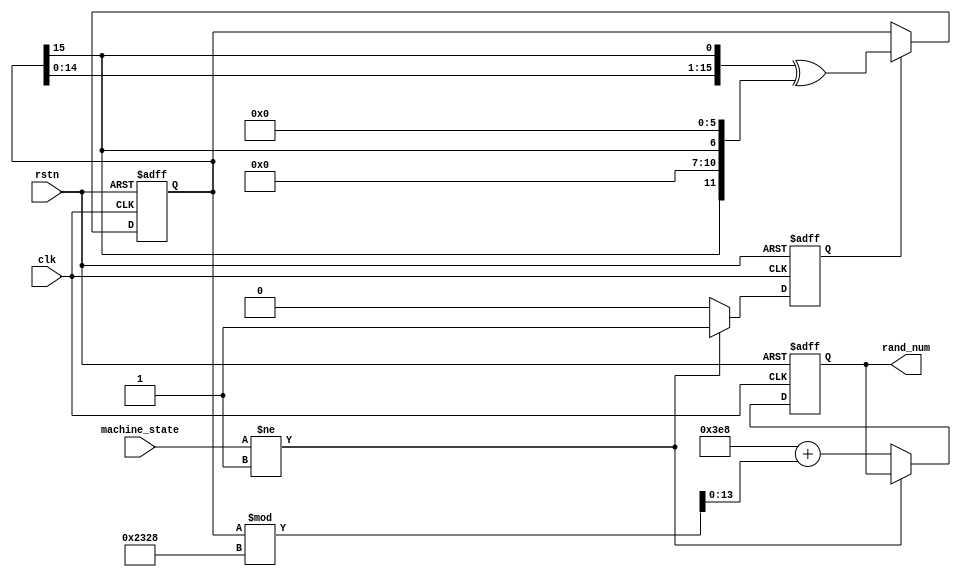
module Random (
    input  wire        clk, rstn,
    input  wire [2:0]  machine_state,
    output reg  [13:0] rand_num  //  1000~9999
);
    // 
    parameter WAIT     = 3'd1;

    reg [15:0] rand;               //  0~65535
    reg        rand_reload;        // 

    // 
    always @(posedge clk or negedge rstn) begin
        if (!rstn) begin 
            rand_reload <= 1'd1;
            rand_num    <= 14'd1000;
        end
        else if (machine_state != WAIT)
            rand_reload <= 1'd1;
        else begin 
            rand_reload <= 1'd0;
            rand_num    <= 14'd1000 + rand % 14'd9000;  //  1000~9999 
        end
    end

    // 
    always @(posedge clk or negedge rstn) begin
		if (!rstn)
			rand <= 16'hffff;
		else if (rand_reload)
			rand <= {rand[14:0], rand[15]} ^ {4'b0, rand[15], 4'b0, rand[15], 6'b0};
	end

endmodule //Random